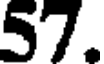
57.